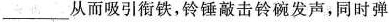
___从而吸引衔铁，铃锤敲击铃碗发声，同时弹